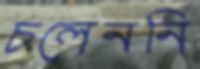
চলেননি